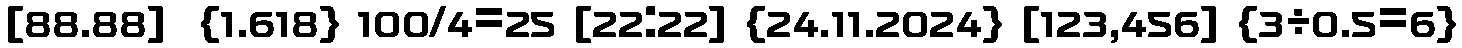
[88.88]  {1.618} 100/4=25 [22:22] {24.11.2024} [123,456] {3÷0.5=6}